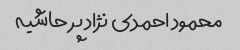
محمود احمدی نژاد پر حاشیه